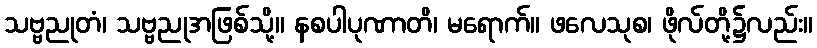
သဗ္ဗညုတံ၊ သဗ္ဗညုအဖြစ်သို့။ နစပါပုဏာတိ၊ မရောက်။ ဖလေသုစ၊ ဖိုလ်တို့၌လည်း။